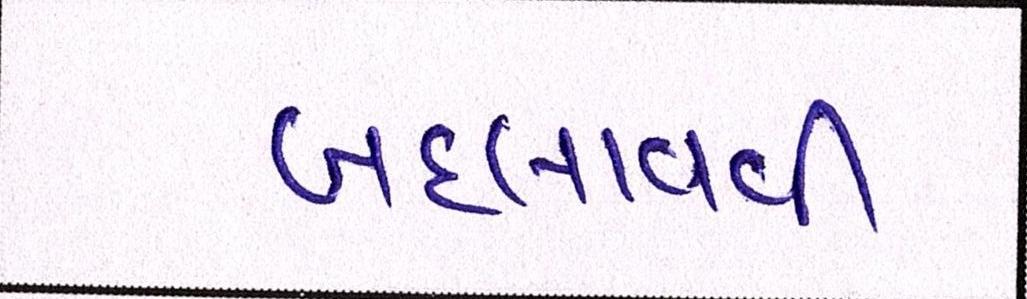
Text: બદલાવવી